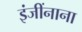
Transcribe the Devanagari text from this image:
इंजींनाना